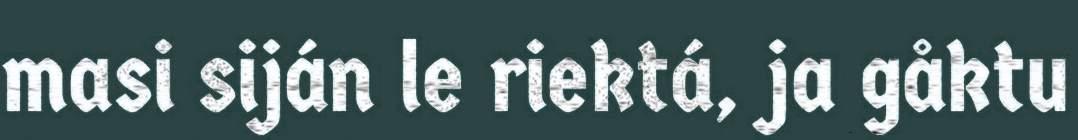
masi siján le riektá, ja gåktu